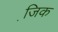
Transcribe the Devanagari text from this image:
जि़क